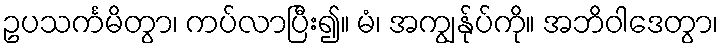
ဥပသင်္ကမိတွာ၊ ကပ်လာပြီး၍။ မံ၊ အကျွန်ုပ်ကို။ အဘိဝါဒေတွာ၊